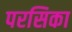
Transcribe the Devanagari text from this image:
परसिका